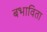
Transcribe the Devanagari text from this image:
बभाविता